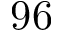
9 6